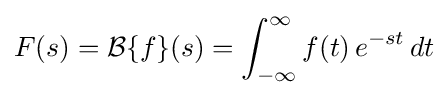
F(s)={\mathcal {B}}\{f\}(s)=\int _{-\infty }^{\infty }f(t)\,e^{-st}\,dt